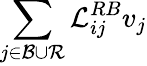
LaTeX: \sum_{j\in{\cal{B}}\cup{\cal{R}}}{\cal{L}}_{ij}^{RB}v_{j}